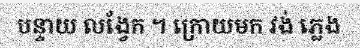
បន្ទាយ លង្វែក ។ ក្រោយមក វង់ ភ្លេង